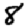
Digit: 8